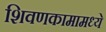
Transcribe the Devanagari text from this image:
शिवणकामामध्ये